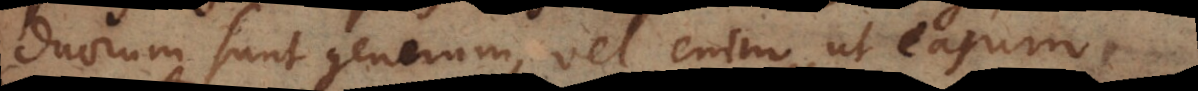
duorum sunt generum, vel enim ut earum